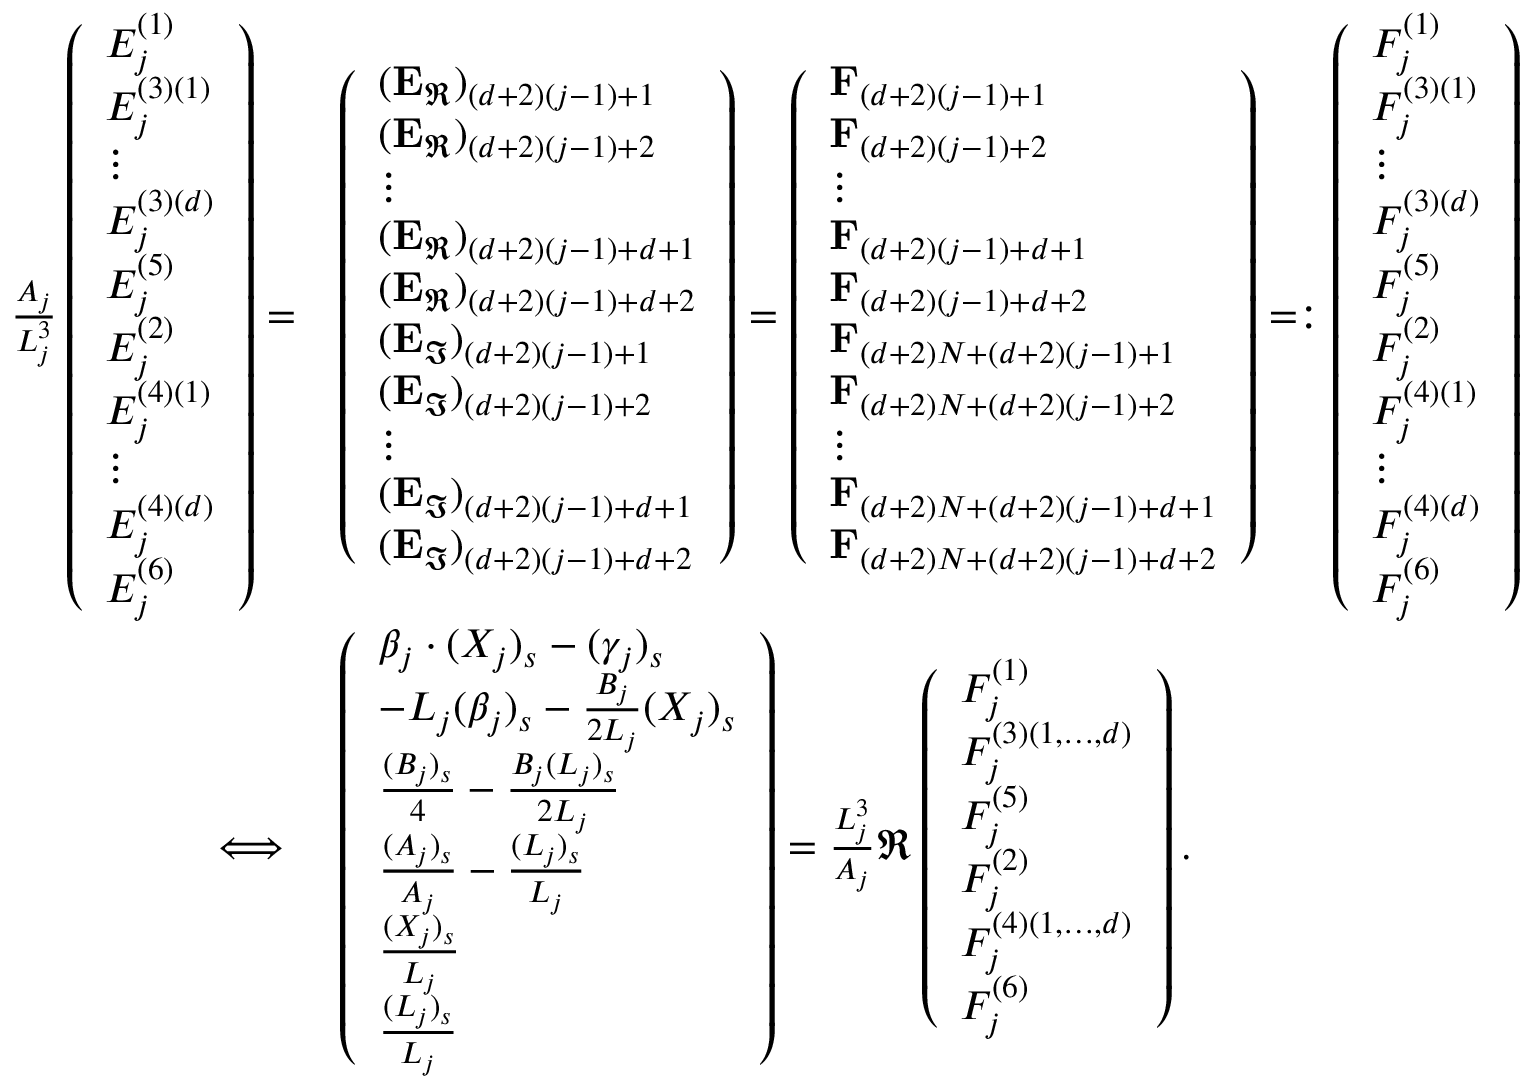
\begin{array} { r l } { \frac { A _ { j } } { L _ { j } ^ { 3 } } \left( \begin{array} { l } { E _ { j } ^ { ( 1 ) } } \\ { E _ { j } ^ { ( 3 ) ( 1 ) } } \\ { \vdots } \\ { E _ { j } ^ { ( 3 ) ( d ) } } \\ { E _ { j } ^ { ( 5 ) } } \\ { E _ { j } ^ { ( 2 ) } } \\ { E _ { j } ^ { ( 4 ) ( 1 ) } } \\ { \vdots } \\ { E _ { j } ^ { ( 4 ) ( d ) } } \\ { E _ { j } ^ { ( 6 ) } } \end{array} \right) = } & { \left( \begin{array} { l } { ( \mathbf { E } _ { \Re } ) _ { ( d + 2 ) ( j - 1 ) + 1 } } \\ { ( \mathbf { E } _ { \Re } ) _ { ( d + 2 ) ( j - 1 ) + 2 } } \\ { \vdots } \\ { ( \mathbf { E } _ { \Re } ) _ { ( d + 2 ) ( j - 1 ) + d + 1 } } \\ { ( \mathbf { E } _ { \Re } ) _ { ( d + 2 ) ( j - 1 ) + d + 2 } } \\ { ( \mathbf { E } _ { \Im } ) _ { ( d + 2 ) ( j - 1 ) + 1 } } \\ { ( \mathbf { E } _ { \Im } ) _ { ( d + 2 ) ( j - 1 ) + 2 } } \\ { \vdots } \\ { ( \mathbf { E } _ { \Im } ) _ { ( d + 2 ) ( j - 1 ) + d + 1 } } \\ { ( \mathbf { E } _ { \Im } ) _ { ( d + 2 ) ( j - 1 ) + d + 2 } } \end{array} \right) = \left( \begin{array} { l } { \mathbf { F } _ { ( d + 2 ) ( j - 1 ) + 1 } } \\ { \mathbf { F } _ { ( d + 2 ) ( j - 1 ) + 2 } } \\ { \vdots } \\ { \mathbf { F } _ { ( d + 2 ) ( j - 1 ) + d + 1 } } \\ { \mathbf { F } _ { ( d + 2 ) ( j - 1 ) + d + 2 } } \\ { \mathbf { F } _ { ( d + 2 ) N + ( d + 2 ) ( j - 1 ) + 1 } } \\ { \mathbf { F } _ { ( d + 2 ) N + ( d + 2 ) ( j - 1 ) + 2 } } \\ { \vdots } \\ { \mathbf { F } _ { ( d + 2 ) N + ( d + 2 ) ( j - 1 ) + d + 1 } } \\ { \mathbf { F } _ { ( d + 2 ) N + ( d + 2 ) ( j - 1 ) + d + 2 } } \end{array} \right) = : \left( \begin{array} { l } { F _ { j } ^ { ( 1 ) } } \\ { F _ { j } ^ { ( 3 ) ( 1 ) } } \\ { \vdots } \\ { F _ { j } ^ { ( 3 ) ( d ) } } \\ { F _ { j } ^ { ( 5 ) } } \\ { F _ { j } ^ { ( 2 ) } } \\ { F _ { j } ^ { ( 4 ) ( 1 ) } } \\ { \vdots } \\ { F _ { j } ^ { ( 4 ) ( d ) } } \\ { F _ { j } ^ { ( 6 ) } } \end{array} \right) } \\ { \iff } & { \left( \begin{array} { l } { \beta _ { j } \cdot ( X _ { j } ) _ { s } - ( \gamma _ { j } ) _ { s } } \\ { - L _ { j } ( \beta _ { j } ) _ { s } - \frac { B _ { j } } { 2 L _ { j } } ( X _ { j } ) _ { s } } \\ { \frac { ( B _ { j } ) _ { s } } { 4 } - \frac { B _ { j } ( L _ { j } ) _ { s } } { 2 L _ { j } } } \\ { \frac { ( A _ { j } ) _ { s } } { A _ { j } } - \frac { ( L _ { j } ) _ { s } } { L _ { j } } } \\ { \frac { ( X _ { j } ) _ { s } } { L _ { j } } } \\ { \frac { ( L _ { j } ) _ { s } } { L _ { j } } } \end{array} \right) = \frac { L _ { j } ^ { 3 } } { A _ { j } } \Re \left( \begin{array} { l } { F _ { j } ^ { ( 1 ) } } \\ { F _ { j } ^ { ( 3 ) ( 1 , \dots , d ) } } \\ { F _ { j } ^ { ( 5 ) } } \\ { F _ { j } ^ { ( 2 ) } } \\ { F _ { j } ^ { ( 4 ) ( 1 , \dots , d ) } } \\ { F _ { j } ^ { ( 6 ) } } \end{array} \right) . } \end{array}